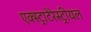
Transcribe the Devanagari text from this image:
एक्स्ट्राटेरेस्ट्रीयल